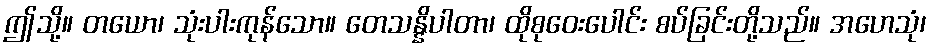
ဤသို့။ တယော၊ သုံးပါးကုန်သော။ တေသန္နိပါတာ၊ ထိုစုဝေးပေါင်း စပ်ခြင်းတို့သည်။ အဟေသုံ၊